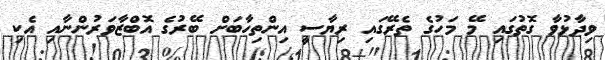
ވިދާޅުވާ ގޮތުގައި މޭ މަހުގެ ތެރޭގައި ރިޔާސީ އިންތިހާބަށް ބޭރުގެ އޮބްޒާވަރުންނާއި އެކި